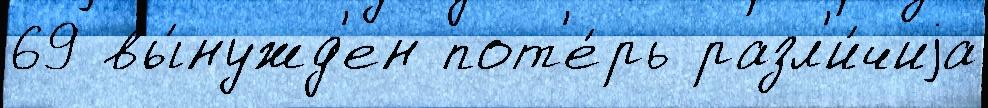
69 вы́нужд'ен пот'е́рь разл'и́чиjа